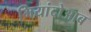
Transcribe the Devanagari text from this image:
मियांदोआब